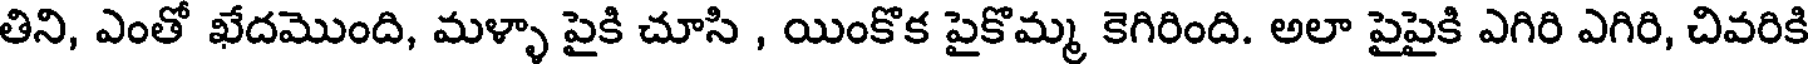
తిని, ఎంతో ఖేదమొంది, మళ్ళా పైకి చూసి , యింకొక పైకొమ్మ కెగిరింది. అలా పైపైకి ఎగిరి ఎగిరి, చివరికి